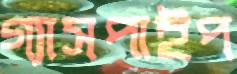
গ্যাসপাইপ